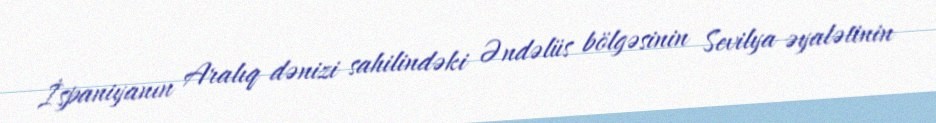
İspaniyanın Aralıq dənizi sahilindəki Əndəlüs bölgəsinin Sevilya əyalətinin